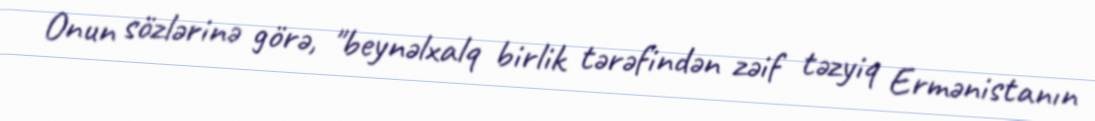
Onun sözlərinə görə, "beynəlxalq birlik tərəfindən zəif təzyiq Ermənistanın